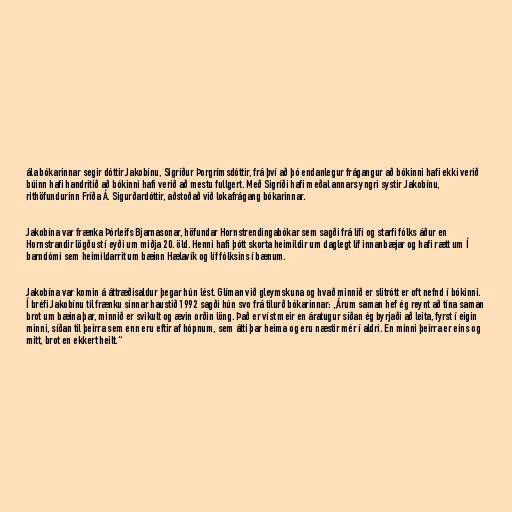
ála bókarinnar segir dóttir Jakobínu, Sigríður Þorgrímsdóttir, frá því að þó endanlegur frágangur að bókinni hafi ekki verið
búinn hafi handritið að bókinni hafi verið að mestu fullgert. Með Sigríði hafi meðal annars yngri systir Jakobínu,
rithöfundurinn Fríða Á. Sigurðardóttir, aðstoðað við lokafrágang bókarinnar.

Jakobína var frænka Þórleifs Bjarnasonar, höfundar Hornstrendingabókar sem sagði frá lífi og starfi fólks áður en
Hornstrandir lögðust í eyði um miðja 20. öld. Henni hafi þótt skorta heimildir um daglegt líf innanbæjar og hafi rætt um Í
barndómi sem heimildarrit um bæinn Hælavík og líf fólksins í bænum.

Jakobína var komin á áttræðisaldur þegar hún lést. Glíman við gleymskuna og hvað minnið er slitrótt er oft nefnd í bókinni.
Í bréfi Jakobínu til frænku sinnar haustið 1992 sagði hún svo frá tilurð bókarinnar: „Árum saman hef ég reynt að tína saman
brot um bæina þar, minnið er svikult og ævin orðin löng. Það er víst meir en áratugur síðan ég byrjaði að leita, fyrst í eigin
minni, síðan til þeirra sem enn eru eftir af hópnum, sem átti þar heima og eru næstir mér í aldri. En minni þeirra er eins og
mitt, brot en ekkert heilt.“